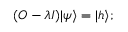
( O - \lambda I ) | \psi \rangle = | h \rangle ;